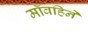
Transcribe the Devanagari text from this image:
मॉवहिने